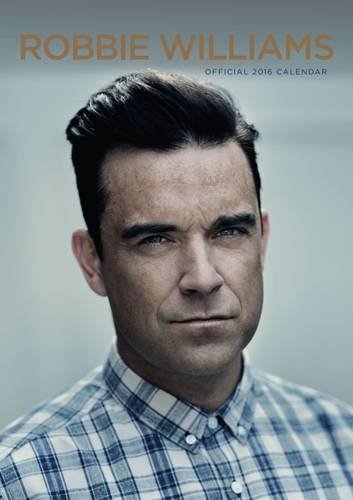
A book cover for The Official Robbie Williams 2016 A3 Calendar; Calendars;